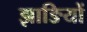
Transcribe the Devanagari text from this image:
झाङियों